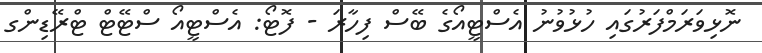
ނޮޅިވަރަމްފަރުގައި ހުޅުވުނު އެސްޓީއޯގެ ބޭސް ފިހާރަ - ފޮޓޯ: އެސްޓީއޯ ސްޓޭޓް ޓްރޭޑިންގ